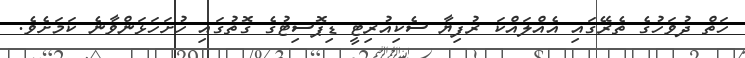
ހަތް ދުވަހުގެ ތެރޭގައި އެއްލައްކަ ރުފިޔާ ސެކިއުރިޓީ ޑިޕޮސިޓުގެ ގޮތުގައި ހުށަހަޅަންވާނެ ކަމަށެވެ.